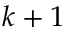
k + 1